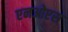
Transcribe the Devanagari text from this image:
एनओएस